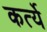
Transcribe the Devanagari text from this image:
कर्त्ये